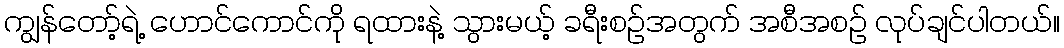
ကျွန်တော့်ရဲ့ ဟောင်ကောင်ကို ရထားနဲ့ သွားမယ့် ခရီးစဉ်အတွက် အစီအစဉ် လုပ်ချင်ပါတယ်။